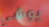
يوشي